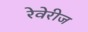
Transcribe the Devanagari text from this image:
रेवेरीज